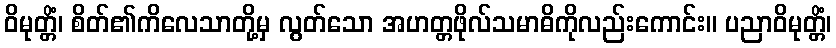
ဝိမုတ္တိံ၊ စိတ်၏ကိလေသာတို့မှ လွတ်သော အဟတ္တဖိုလ်သမာဓိကိုလည်းကောင်း။ ပညာဝိမုတ္တိံ၊